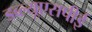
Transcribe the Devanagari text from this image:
डब्ल्यूएसपीई